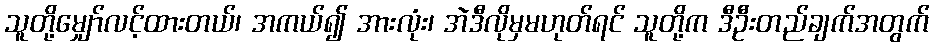
သူတို့မျှော်လင့်ထားတယ်၊ အကယ်၍ အားလုံး၊ အဲဒီလိုမှမဟုတ်ရင် သူတို့က ဒီဦးတည်ချက်အတွက်